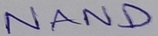
Text: NAND